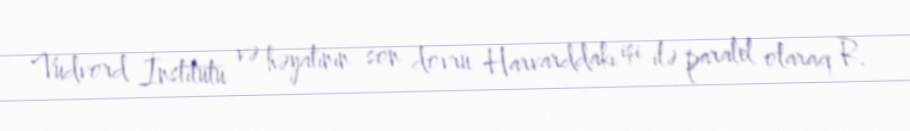
Vudvord İnstitutu və həyatının son dövrü Harvarddakı işi ilə paralel olaraq R.